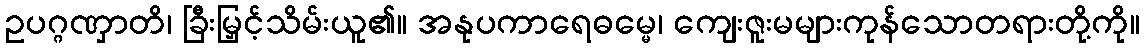
ဥပဂ္ဂဏှာတိ၊ ခြီးမြှင့်သိမ်းယူ၏။ အနုပကာရေဓမ္မေ၊ ကျေးဇူးမများကုန်သောတရားတို့ကို။